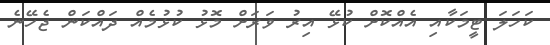
ކަހަލަ ޓީމަކާއި އެއްކޮށް ކުޅޭ އިރު ވަރަށް މޮޅު ކުޅުމެއް ދައްކަން ޖެހޭނެ